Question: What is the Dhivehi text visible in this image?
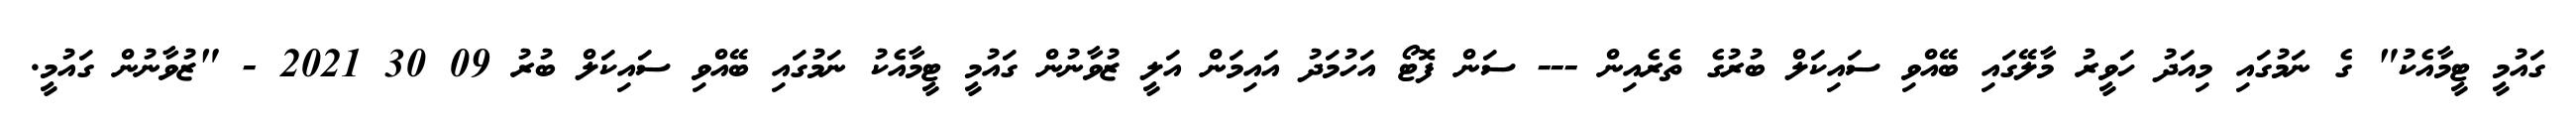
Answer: ގައުމީ ޓީމާއެކު" ގެ ނަމުގައި މިއަދު ހަވީރު މާލޭގައި ބޭއްވި ސައިކަލް ބުރުގެ ތެރެއިން --- ސަން ފޮޓޯ އަހުމަދު އައިމަން އަލީ ޒުވާނުން ގައުމީ ޓީމާއެކު ނަމުގައި ބޭއްވި ސައިކަލް ބުރު 09 30 2021 - "ޒުވާނުން ގައުމީ.